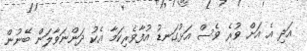
އަދި އެ އަށް ވުރެ ވެސް އަޅުގަނޑު އުފާވެރިކަމާ އެކު ދަންނަވާލަން ބޭނުން